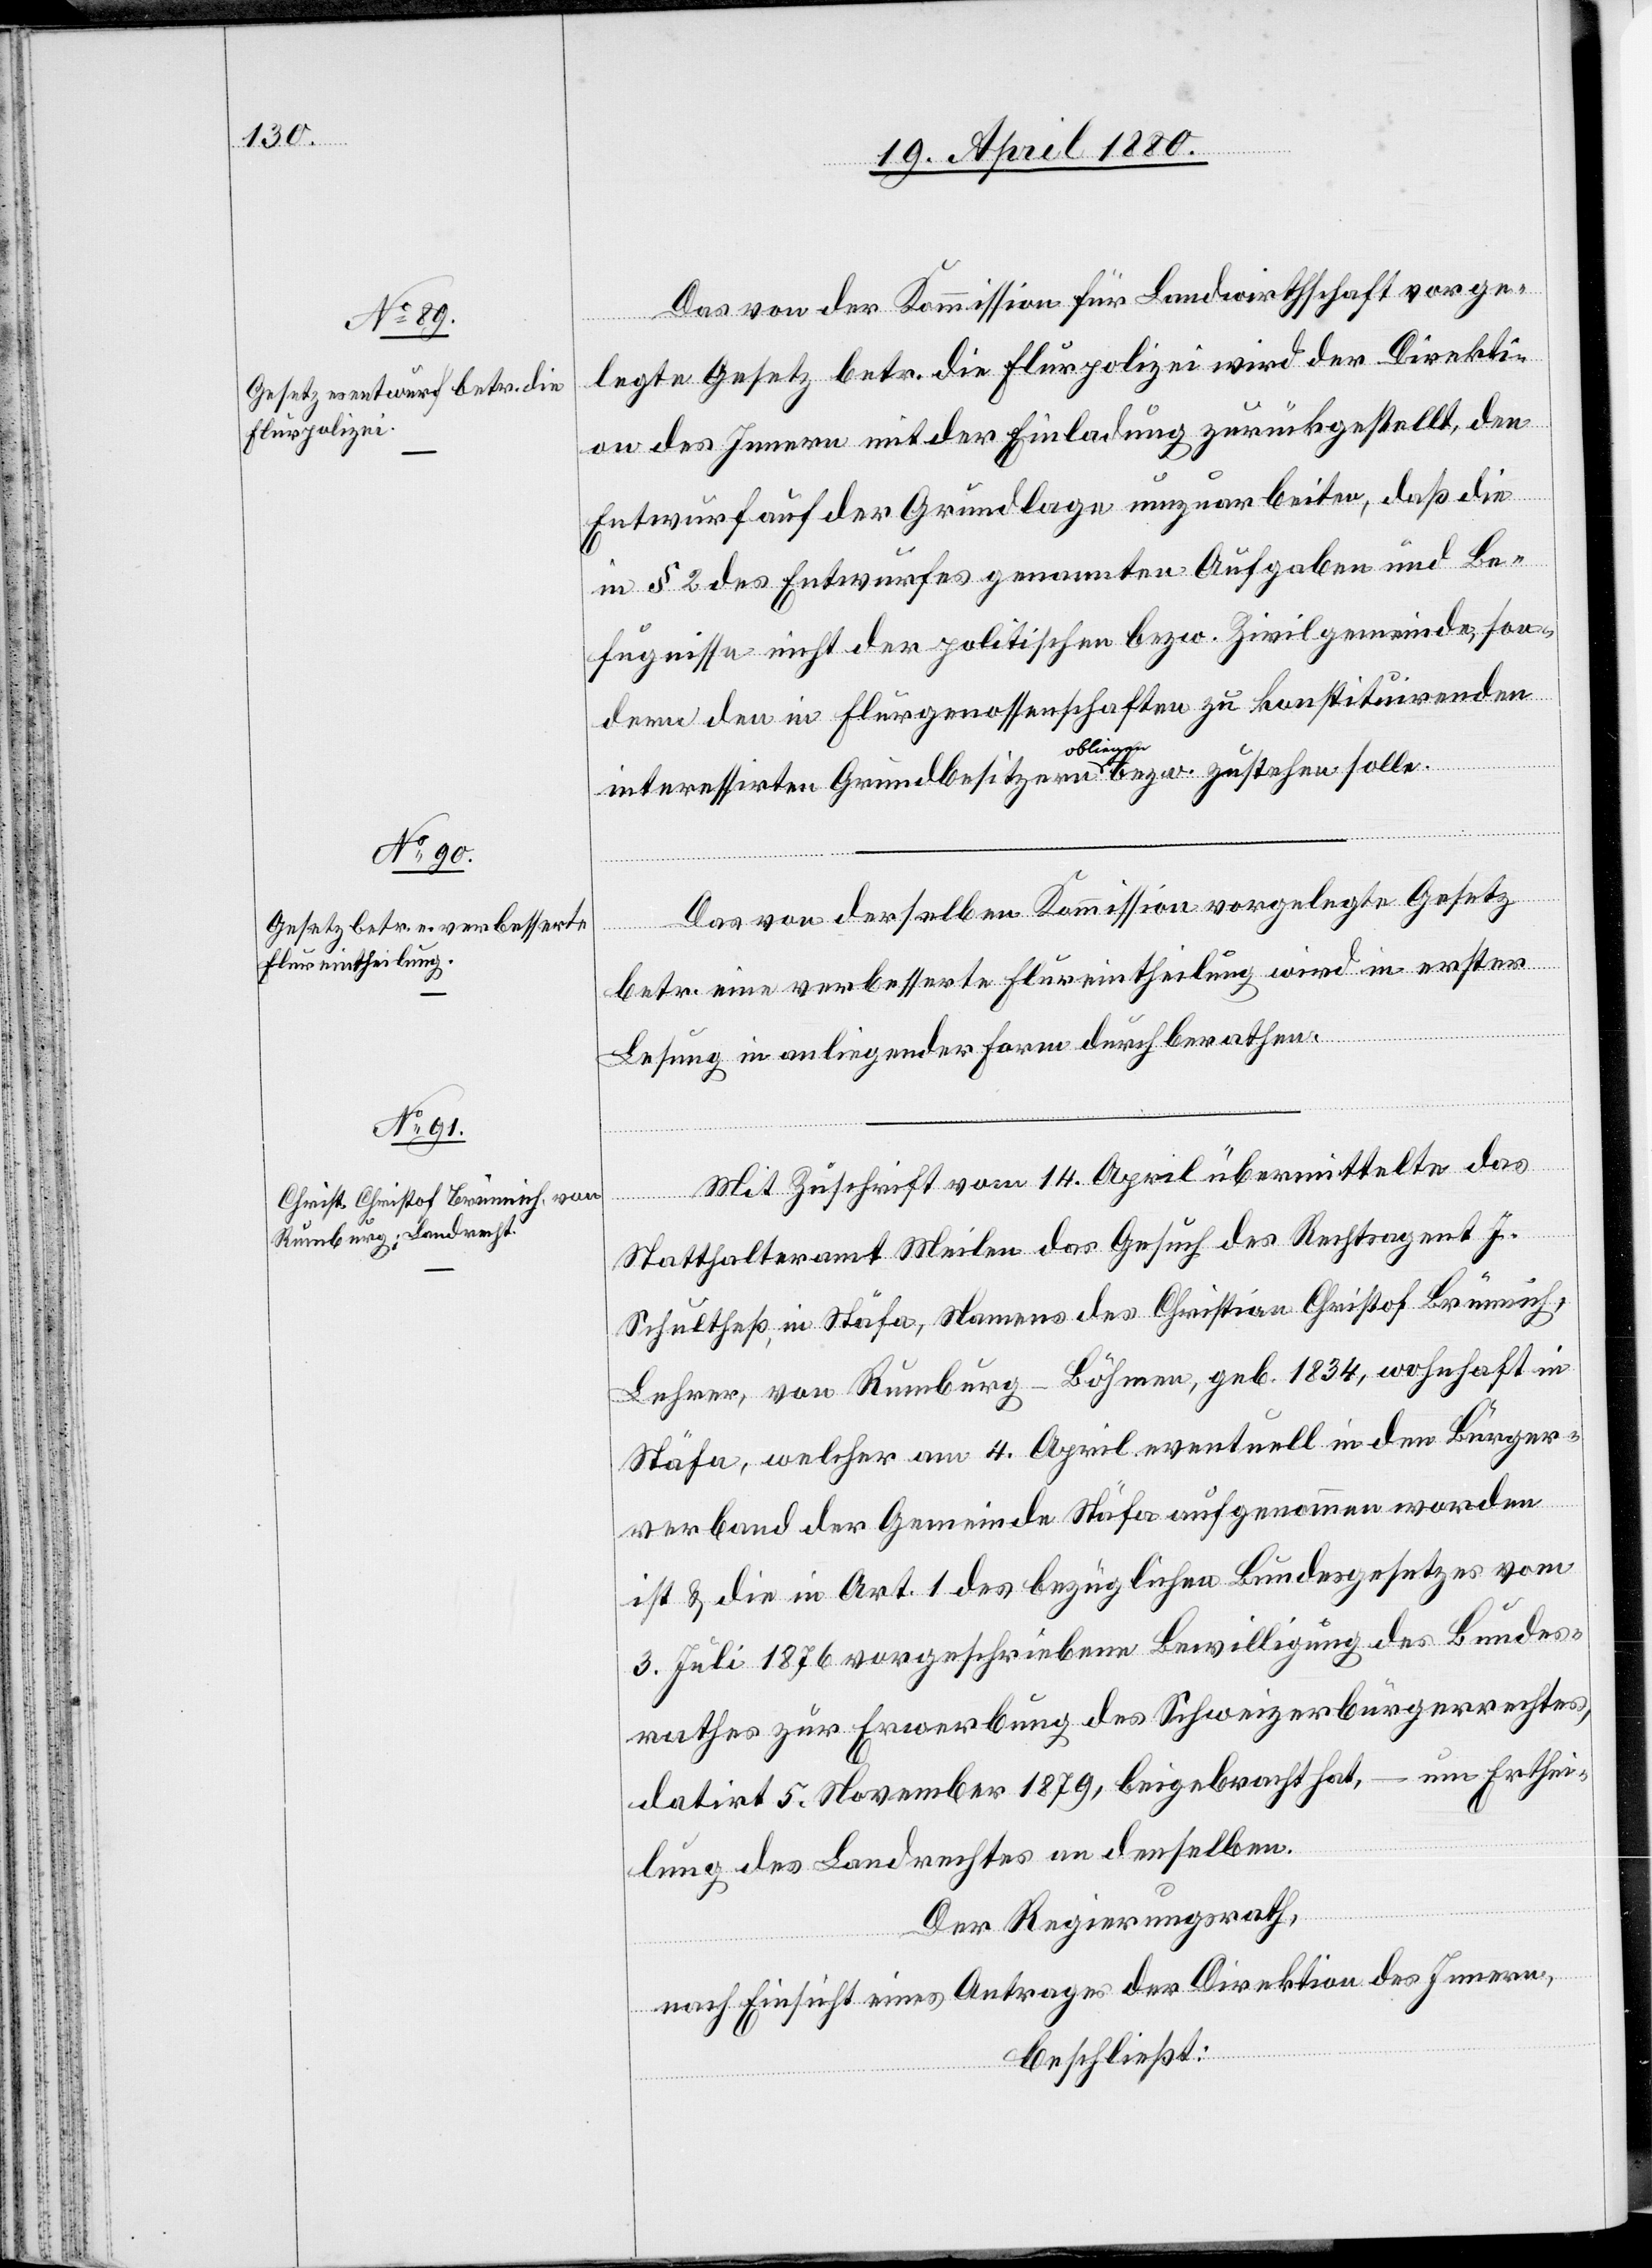
14.
Das von der Kommission für Landwirthschaft vorge¬
legte Gesetz betr. die Flurpolizei wird der Direkti¬
on des Innern mit der Einladung zurückgestellt, den
Entwurf auf der Grundlage umzuarbeiten, daß die
in § 2 des Entwurfes genannten Aufgaben und Be¬
fugnisse nicht der politischen bezw. Zivilgemeinde, son¬
dern den in Flurgenossenschaften zu konstituirenden
interessirten Grundbesitzern obliegen bezw. zustehen solle[n].
Das von derselben Kommission vorgelegte Gesetz
betr. eine verbesserte Flureintheilung wird in erster
Lesung in anliegender Form durchberathen.
Statthalteramt Meilen das Gesuch des Rechtsagent J.
Schultheß, in Stäfa, Namens des Christian Christof Brünnich,
Lehrer, von Rumburg - Böhmen, geb. 1834, wohnhaft in
Stäfa, welcher am 4. April eventuell in den Bürger¬
verband der Gemeinde Stäfa aufgenommen worden
ist & die in Art. 1 des bezüglichen Bundesgesetzes vom
3. Juli 1876 vorgeschriebene Bewilligung des Bundes¬
rathes zur Erwerbung des Schweizerbürgerrechtes,
datirt 5. November 1879, beigebracht hat, – um Erthei¬
lung des Landrechtes an denselben.
Der Regierungsrath,
nach Einsicht eines Antrages der Direktion des Innern,
beschließt: